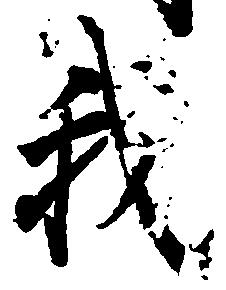
我